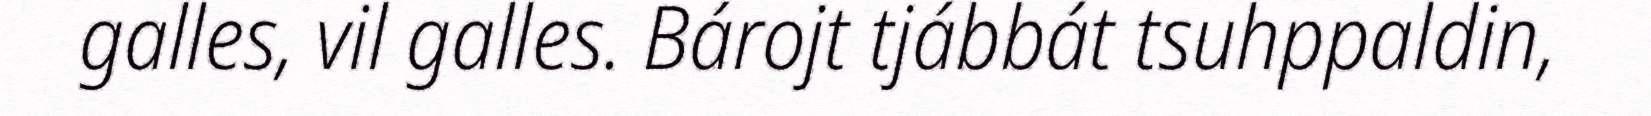
galles, vil galles. Bárojt tjábbát tsuhppaldin,